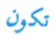
تكون